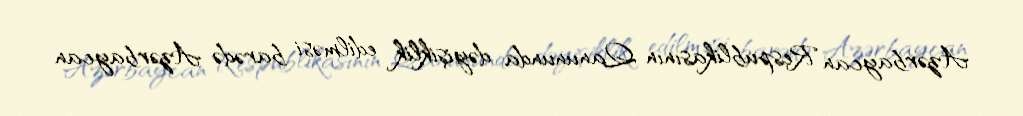
Azərbaycan Respublikasının Qanununda dəyişiklik edilməsi barədə Azərbaycan